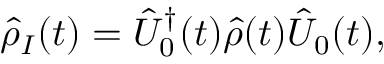
\hat { \rho } _ { I } ( t ) = \hat { U } _ { 0 } ^ { \dagger } ( t ) \hat { \rho } ( t ) \hat { U } _ { 0 } ( t ) ,